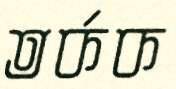
তর্কক